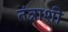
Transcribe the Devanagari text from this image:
तंत्राशी